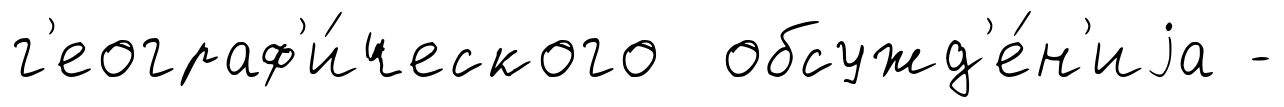
г'еограф'и́ческого обсужд'е́н'иjа -